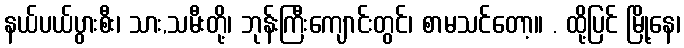
နယ်ပယ်ပွားစီး၊ သား,သမီးတို့၊ ဘုန်းကြီးကျောင်းတွင်၊ စာမသင်တော့။ . ထို့ပြင် မြို့နေ၊